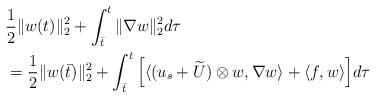
LaTeX: \begin{align*}&\frac{1}{2}\|w(t)\|_2^2+\int_{\bar t}^t\|\nabla w\|_2^2 d\tau \\&=\frac{1}{2}\|w(\bar t)\|_2^2+\int_{\bar t}^t \Big[\langle (u_s+\widetilde U)\otimes w, \nabla w\rangle+\langle f,w\rangle\Big] d\tau\end{align*}